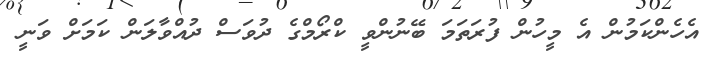
އެހެންކަމުން އެ މީހުން ފުރަތަމަ ބޭނުންވީ ކްރޯމްގެ ދުވަސް ދުއްވާލަން ކަމަށް ވަނީ